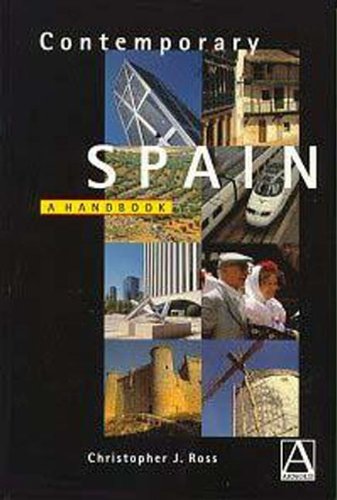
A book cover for Contemporary Spain: A Handbook; Christopher Ross; Travel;